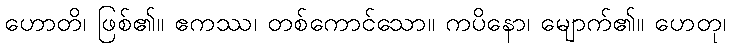
ဟောတိ၊ ဖြစ်၏။ ဧကဿ၊ တစ်ကောင်သော။ ကပိနော၊ မျောက်၏။ ဟေတု၊